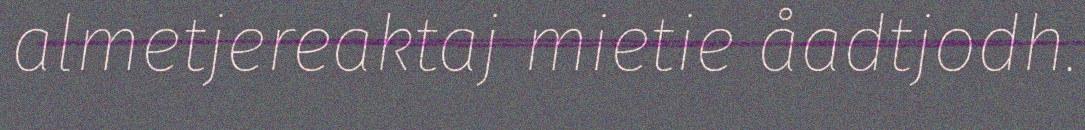
almetjereaktaj mietie åadtjodh.